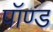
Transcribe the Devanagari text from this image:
पॉण्ड